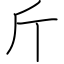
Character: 斤